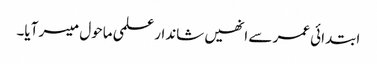
ابتدائی عمر سے انھیں شاندار علمی ماحول میسر آیا۔